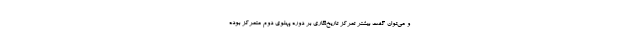
و می‌توان گفت بیشتر تمرکز تاریخ‌نگاری بر دوره پهلوی دوم متمرکز بوده